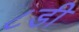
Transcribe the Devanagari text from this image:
८डी